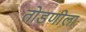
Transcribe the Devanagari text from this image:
तोडणीला